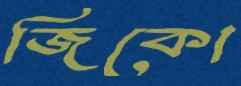
জিকো